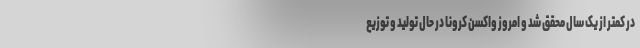
در کمتر از یک سال محقق شد و امروز واکسن کرونا در حال تولید و توزیع